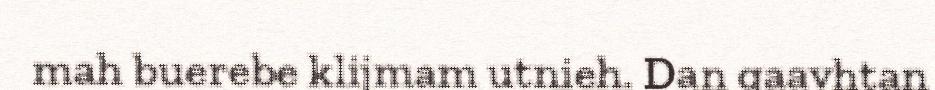
mah buerebe klijmam utnieh. Dan gaavhtan